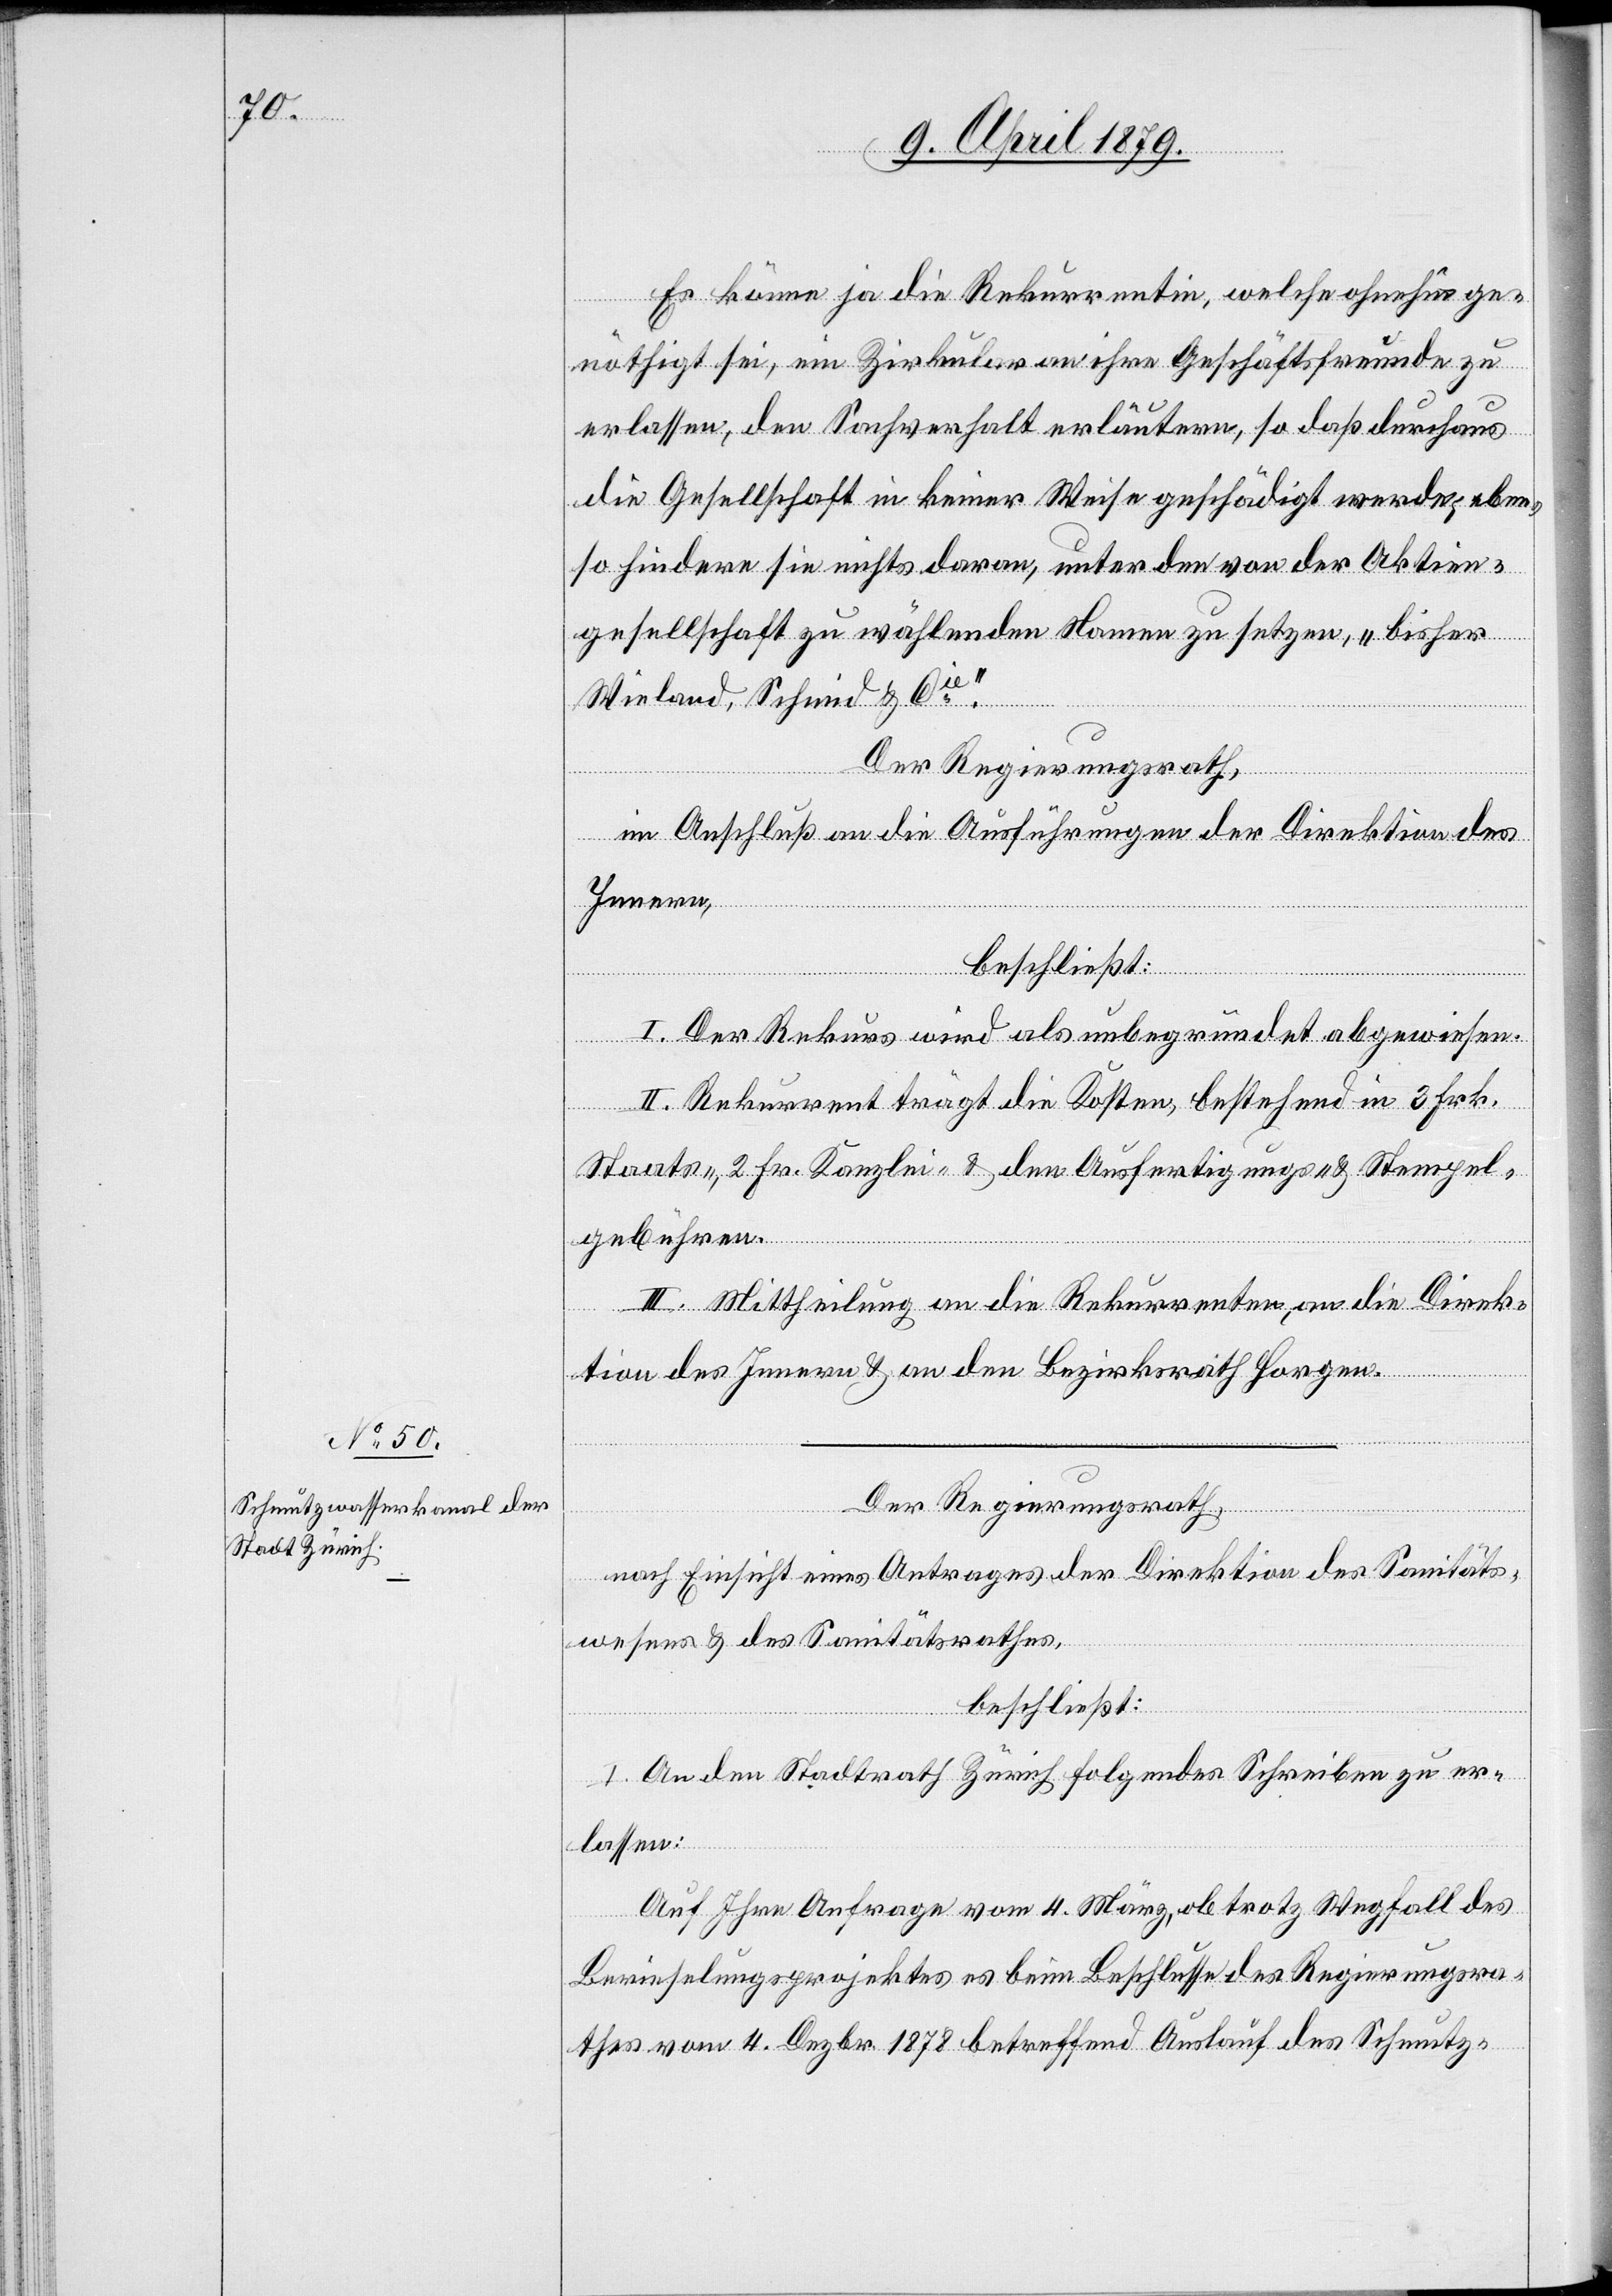
Es könne ja die Rekurrentin, welche ohnehin ge¬
nöthigt sei, ein Zirkular an ihre Geschäftsfreunde zu
erlassen, den Sachverhalt erläutern, so daß durchaus
die Gesellschaft in keiner Weise geschädigt werde; eben¬
so hindere sie nichts daran, unter den von der Aktien¬
gesellschaft zu wählenden Namens zu setzen, „bisher
Wieland, Schmid & Cie“.
Der Regierungsrath,
im Anschluß an die Ausführungen der Direktion des
Innern,
beschließt:
I. Der Rekurs wird als unbegründet abgewiesen.
II. Rekurrent trägt die Kosten, bestehend in 3 Frk.
Staats-, 2 Fr. Kanzlei- & den Ausfertigungs- & Stempel¬
gebühren.
III. Mittheilung an die Rekurrenten, an die Direk¬
tion des Innern & an den Bezirksrath Horgen.
Der Regierungsrath,
nach Einsicht eines Antrages der Direktion des Sanitäts-
beschließt:
I. An den Stadtrath Zürich folgendes Schreiben zu er¬
lassen:
Auf Ihre Anfrage vom 4. März, ob trotz Wegfall des
Berieselungsprojektes es beim Beschlusse des Regierungsra¬
thes vom 4. Dezbr. 1878 betreffend Auslauf des Schmutz-